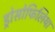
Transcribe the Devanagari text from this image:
ड्रोसोफिलिया